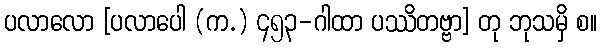
ပလာလော [ပလာပေါ (က.) ၄၅၃-ဂါထာ ပဿိတဗ္ဗာ] တု ဘုသမှိ စ။